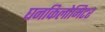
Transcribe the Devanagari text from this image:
घनकिलोमिटर